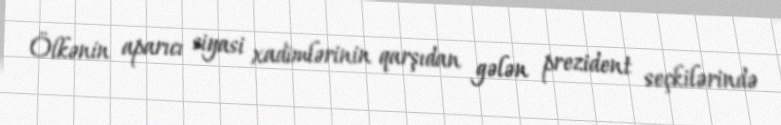
Ölkənin aparıcı siyasi xadimlərinin qarşıdan gələn prezident seçkilərində